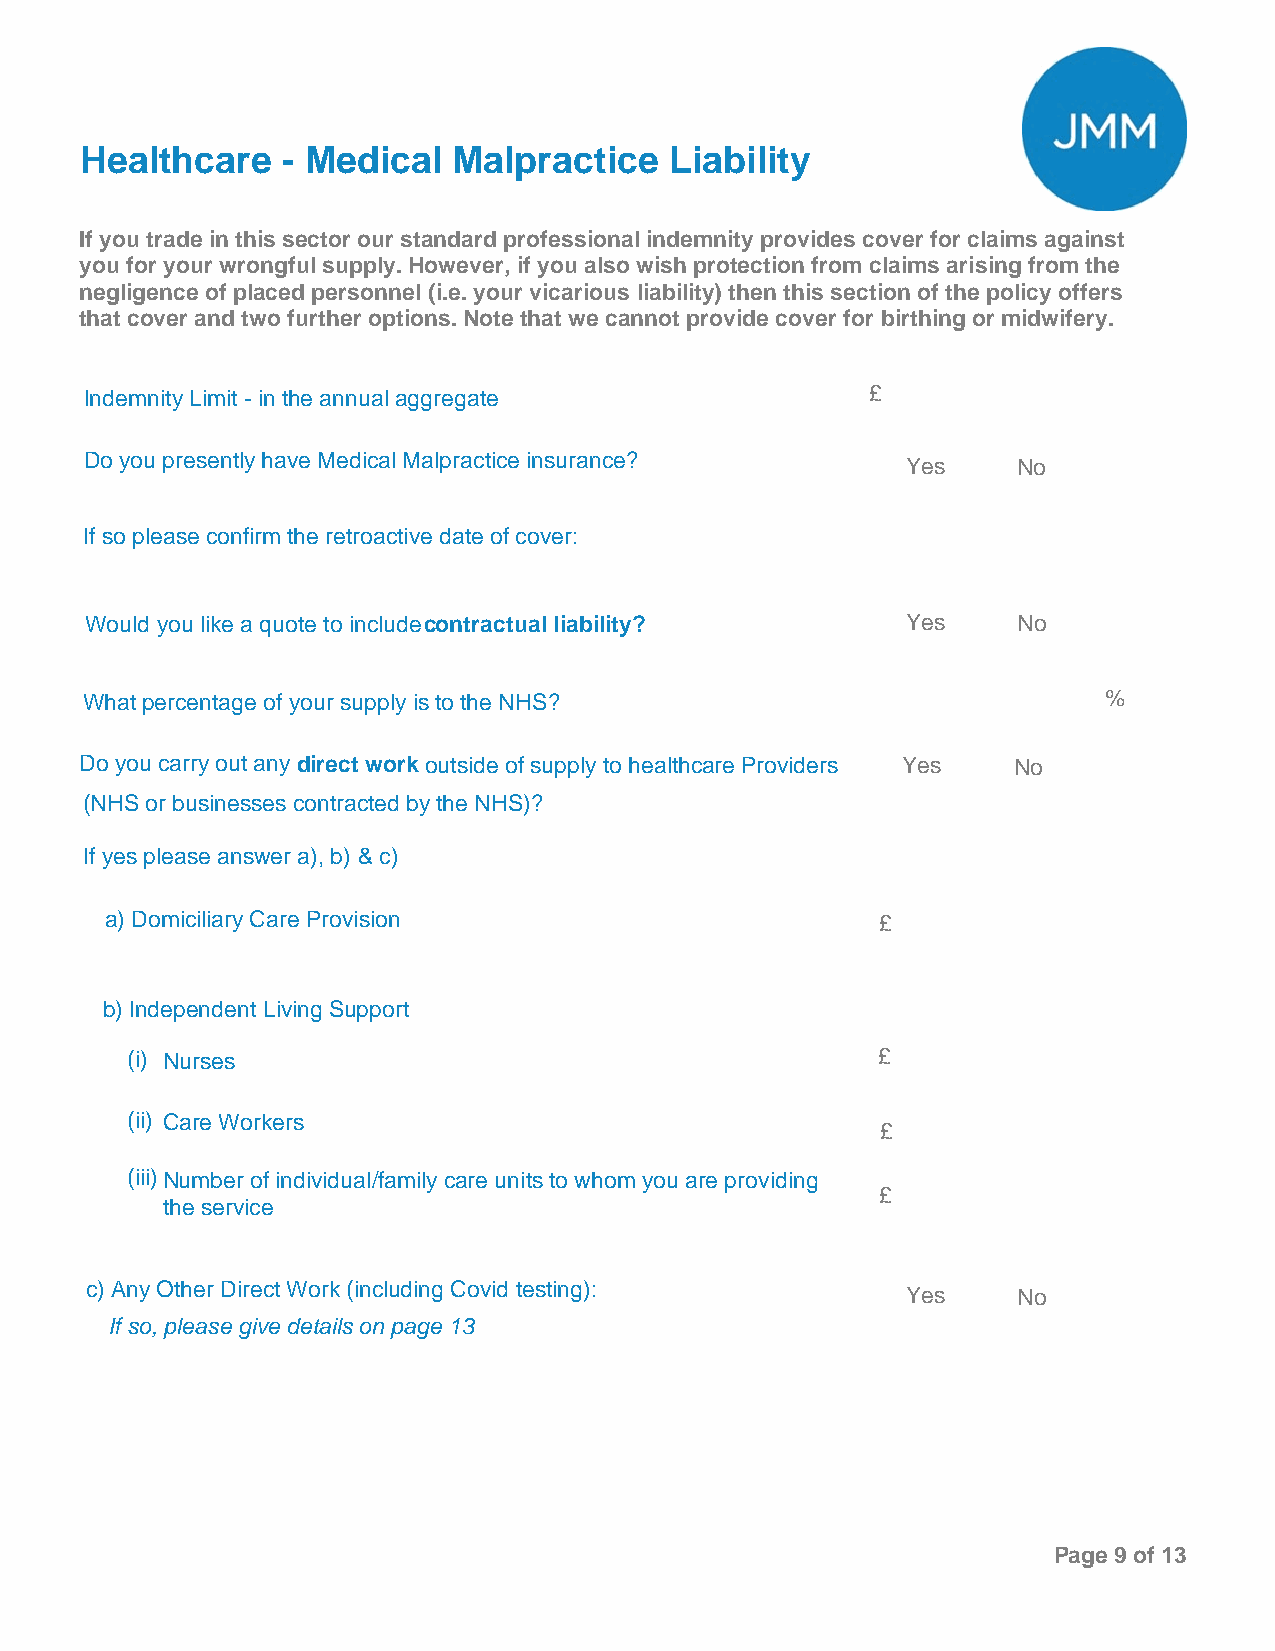
Healthcare    - Medical  Malpractice   Liability
 If you trade in this sector our standard professional indemnity provides cover for claims against
 you for your wrongful supply. However, if you also wish protection from claims arising from the
 negligence of placed personnel (i.e. your vicarious liability) then this section of the policy offers
 that cover and two further options. Note that we cannot provide cover for birthing or midwifery.
 Indemnity Limit - in the annual aggregate           £
 Do you presently have Medical Malpractice insurance?  Yes    No
 If so please confirm the retroactive date of cover:
 Would you like a quote to includecontractual liability? Yes  No
 What percentage of your supply is to the NHS?                       %
 Do you carry out any direct workoutside of supply to healthcare Providers Yes No
 (NHS or businesses contracted by the NHS)?
 If yes please answer a), b) & c)
 a) Domiciliary Care Provision                      £
 b) Independent Living Support
 (i) Nurses                                        £
 (ii) Care Workers
 £
 (iii)Number of individual/family care units to whom you are providing
 £
 the service
 c) Any Other Direct Work (including Covid testing):   Yes    No
 If so, please give details on page 13
 Page 9 of 13